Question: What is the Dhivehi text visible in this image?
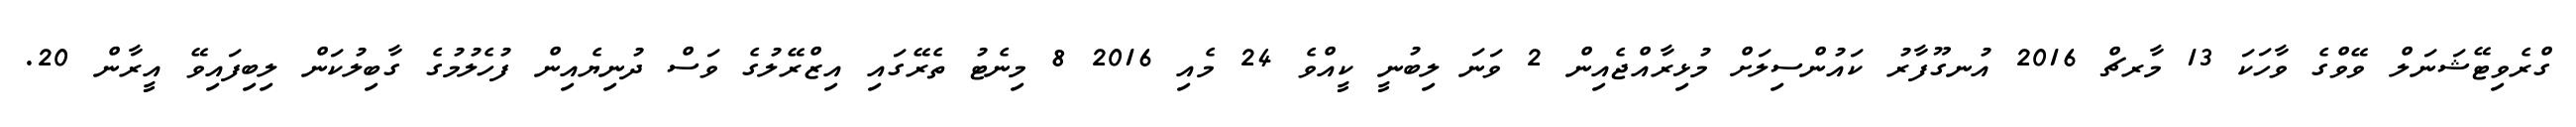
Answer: ގްރެވިޓޭޝަނަލް ވޭވްގެ ވާހަކަ 13 މާރޗް 2016 އުނގޫފާރު ކައުންސިލަށް މުޅިރާއްޖެއިން 2 ވަނަ ލިބުނީ ކީއްވެ 24 މެއި 2016 8 މިނެޓު ތެރޭގައި އިޒްރޭލުގެ ވަސް ދުނިޔެއިން ފުހެލުމުގެ ގާބިލުކަން ލިބިފައިވޭ އީރާން 20.